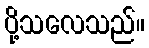
ပို့သလေသည်။